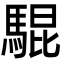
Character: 騉